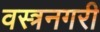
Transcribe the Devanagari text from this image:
वस्त्रनगरी